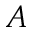
A